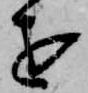
を